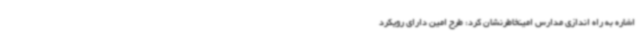
اشاره به راه اندازی مدارس امینخاطرنشان کرد: طرح امین دارای رویکرد